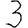
Digit: 3